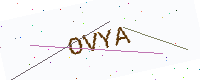
Text: OVYA